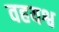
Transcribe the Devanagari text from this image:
वहयश्व